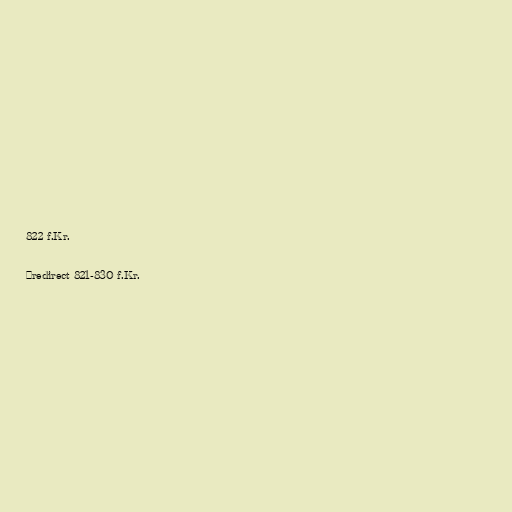
822 f.Kr.

#redirect 821-830 f.Kr.